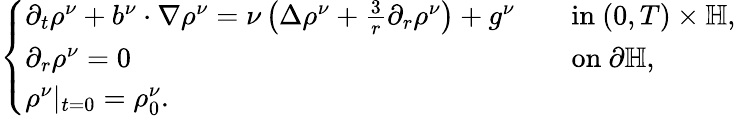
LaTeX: \begin{array}{r}{\left\{ \begin{array}{ll}{\partial_{t}\rho^{\nu}+b^{\nu}\cdot\nabla\rho^{\nu}=\nu\left(\Delta\rho^{\nu}+\frac{3}{r}\partial_{r}\rho^{\nu}\right)+g^{\nu}\quad}&{\mathrm{in~}(0,T)\times\mathbb{H},}\\ {\partial_{r}\rho^{\nu}=0\quad}&{\mathrm{on~}\partial\mathbb{H},}\\ {\rho^{\nu}|_{t=0}=\rho_{0}^{\nu}.}\end{array}\right.}\end{array}